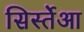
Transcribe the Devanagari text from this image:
सिर्स्तेआ